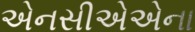
એનસીએએના